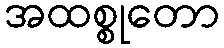
အထစ္စုတော